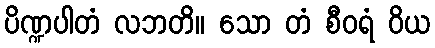
ပိဏ္ဍပါတံ လဘတိ။ သော တံ စီဝရံ ဝိယ